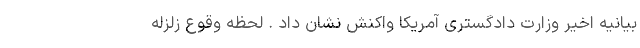
بیانیه اخیر وزارت دادگستری آمریکا واکنش نشان داد . لحظه وقوع زلزله